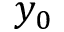
y _ { 0 }